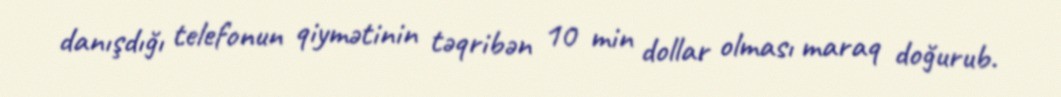
danışdığı telefonun qiymətinin təqribən 10 min dollar olması maraq doğurub.